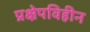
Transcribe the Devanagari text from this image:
प्रक्षेपविहीन